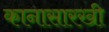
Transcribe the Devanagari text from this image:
कानासारखी